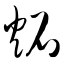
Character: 炻